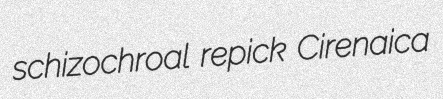
schizochroal repick Cirenaica